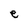
Character: e